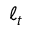
\ell _ { t }